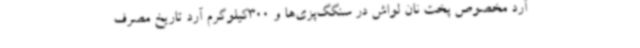
آرد مخصوص پخت نان لواش در سنگگ‌پزی‌ها و 300کیلوگرم آرد تاریخ مصرف